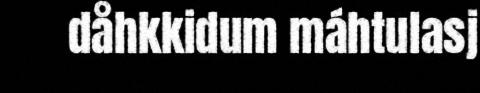
dåhkkidum máhtulasj